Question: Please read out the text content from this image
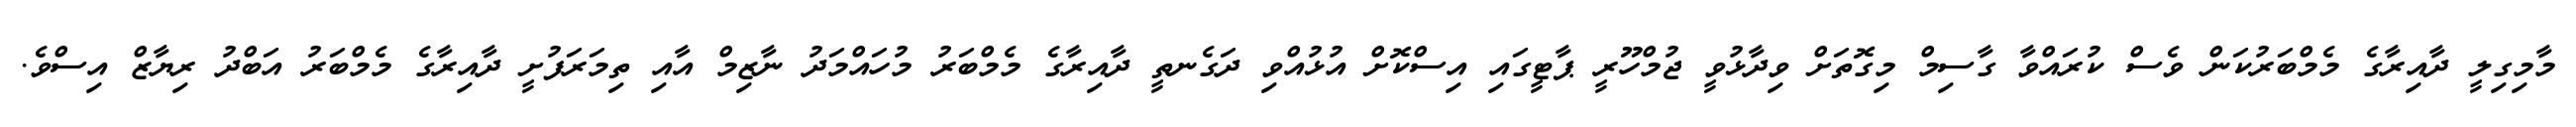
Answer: މާމިގިލީ ދާއިރާގެ މެމްބަރުކަން ވެސް ކުރައްވާ ގާސިމް މިގޮތަށް ވިދާޅުވީ ޖުމްހޫރީ ޕާޓީގައި އިސްކޮށް އުޅުއްވި ދަގެނތީ ދާއިރާގެ މެމްބަރު މުހައްމަދު ނާޒިމް އާއި ތިމަރަފުށީ ދާއިރާގެ މެމްބަރު އަބްދު ރިޔާޒް އިސްވެ.